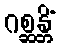
ဂစ္ဆန္တိံ